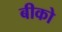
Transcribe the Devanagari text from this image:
बीको